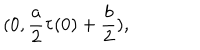
LaTeX: ( 0 , \frac { a } { 2 } \tau ( 0 ) + \frac { b } { 2 } ) ,